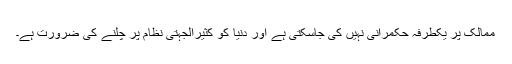
ممالک پر یکطرفہ حکمرانی نہیں کی جاسکتی ہے اور دنیا کو کثیرالجہتی نظام پر چلنے کی ضرورت ہے۔